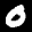
Label: 0